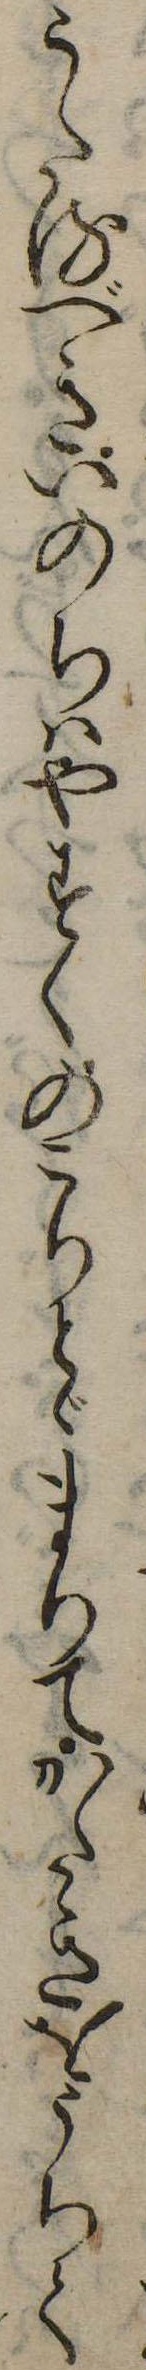
うたるべきいのちはやすくのこりとゞまりてかたきをうちて